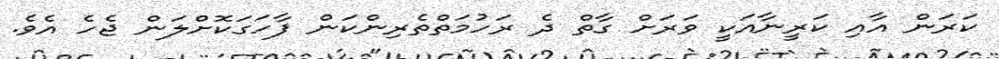
ކަރަން އާއި ކަރީނާއަކީ ވަރަށް ގާތް ދެ ރަހުމަތްތެރިންކަން ފާހަގަކޮށްލަން ޖެހެ އެވެ.